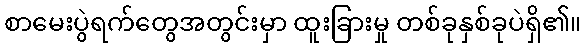
စာမေးပွဲရက်တွေအတွင်းမှာ ထူးခြားမှု တစ်ခုနှစ်ခုပဲရှိ၏။